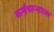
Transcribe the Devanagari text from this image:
कर्मचाऱ्याला